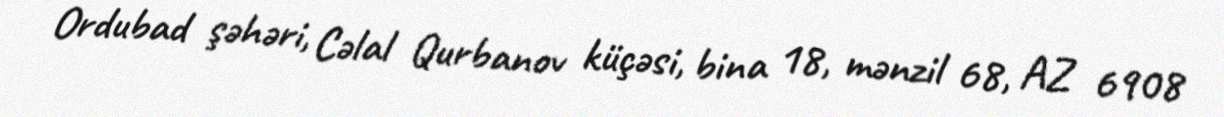
Ordubad şəhəri, Cəlal Qurbanov küçəsi, bina 18, mənzil 68, AZ 6908